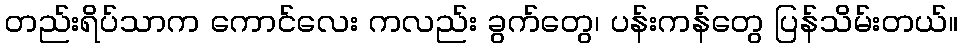
တည်းရိပ်သာက ကောင်လေး ကလည်း ခွက်တွေ၊ ပန်းကန်တွေ ပြန်သိမ်းတယ်။